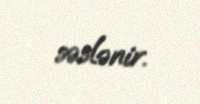
səslənir.